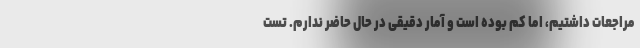
مراجعات داشتیم، اما کم بوده است و آمار دقیقی در حال حاضر ندارم. تست